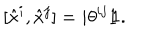
LaTeX: [ \hat { x } ^ { i } , \hat { x } ^ { j } ] = i { \theta } ^ { i j } { \rlap { 1 } \hspace { 1 . 6 p t } \mathrm { 1 } } .